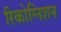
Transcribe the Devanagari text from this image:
रिकोग्निशन